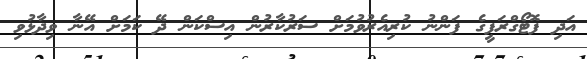
އަދި ފޮޓޯގްރަފީގެ ފަންނު ކުރިއެރުވުމަށް ސަރުކާރުން އިސްކަން ދޭ ކަމަށް އޭނާ ވިދާޅުވި